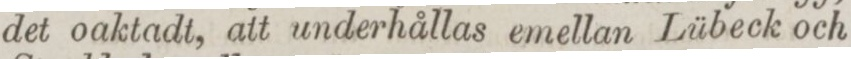
det oaktadt, att underhållas emellan Lübeck och